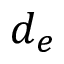
d _ { e }